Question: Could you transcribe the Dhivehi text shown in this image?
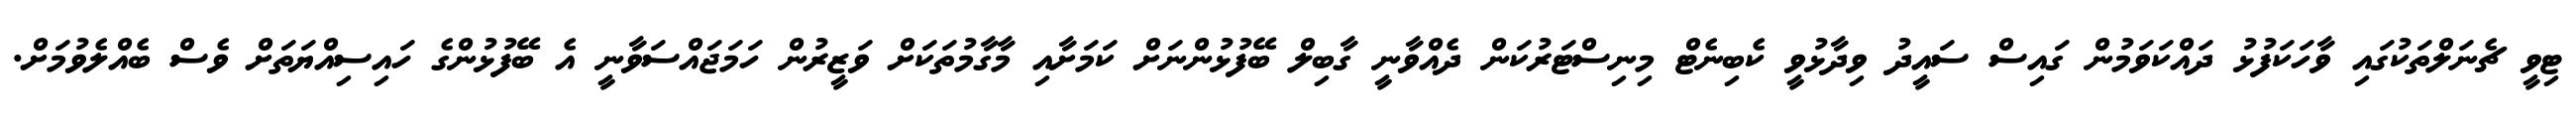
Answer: ޓިވީ ޗެނަލްތަކުގައި ވާހަކަފުޅު ދައްކަވަމުން ގައިސް ސައީދު ވިދާޅުވީ ކެބިނެޓް މިނިސްޓަރުކަން ދެއްވާނީ ގާބިލް ބޭފުޅުންނަށް ކަމަށާއި މާގާމުތަކަށް ވަޒީރުން ހަމަޖައްސަވާނީ އެ ބޭފުޅުންގެ ހައިސިއްޔަތަށް ވެސް ބެއްލެވުމަށް.